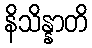
နိသိန္နာတိ